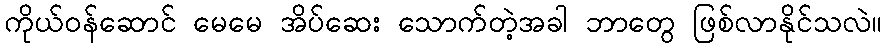
ကိုယ်ဝန်ဆောင် မေမေ အိပ်ဆေး သောက်တဲ့အခါ ဘာတွေ ဖြစ်လာနိုင်သလဲ။